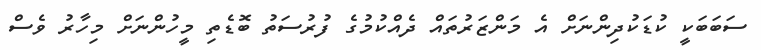
ސަބަަބަކީ ކުޑަކުދިންނަށް އެ މަންޒަރުތައް ދެއްކުމުގެ ފުރުސަތު ބޮޑެތި މީހުންނަށް މިހާރު ވެސް